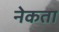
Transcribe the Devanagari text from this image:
नेकता